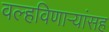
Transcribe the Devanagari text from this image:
वल्हविणाऱ्यांसह